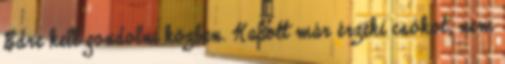
Edre kell gondolni közben. Kapott már érzéki csókot, nem